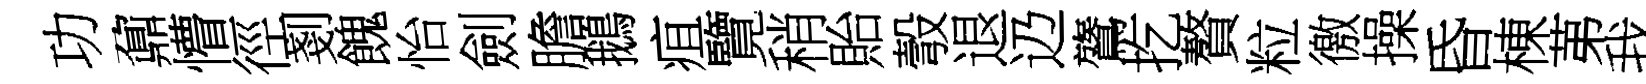
功鼐懵徑剗餽怡劍膽鵝疽覽稍貽彀退辸鷟扢贅粒徼操昏棟苐我